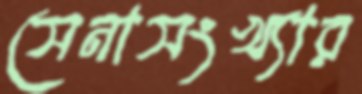
সেনাসংখ্যার